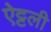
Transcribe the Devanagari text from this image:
ऐट्टली